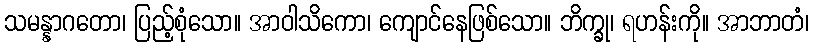
သမန္နာဂတော၊ ပြည့်စုံသော။ အာဝါသိကော၊ ကျောင်နေဖြစ်သော။ ဘိက္ခု၊ ရဟန်းကို။ အာဘာတံ၊